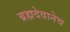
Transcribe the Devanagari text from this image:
ब्रह्मदेवानेच